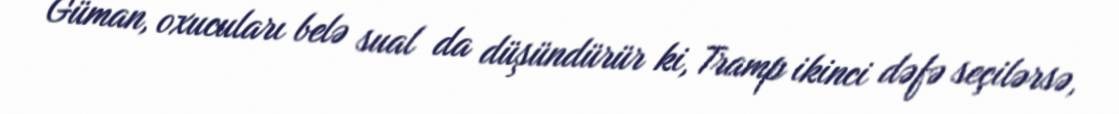
Güman, oxucuları belə sual da düşündürür ki, Tramp ikinci dəfə seçilərsə,